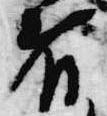
者